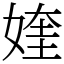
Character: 㛻